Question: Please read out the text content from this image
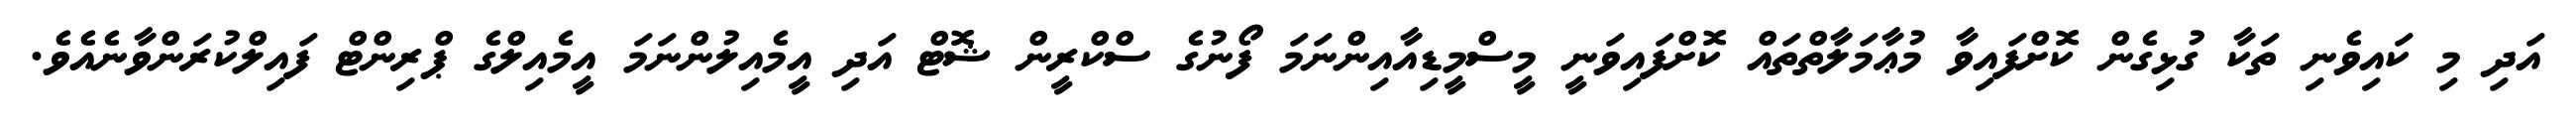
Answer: އަދި މި ކައިވެނި ތަކާ ގުޅިގެން ކޮށްފައިވާ މުޢާމަލާތްތައް ކޮށްފައިވަނީ މީސްމީޑިއާއިންނަމަ ފޯނުގެ ސްކްރީން ޝޮޓް އަދި އީމެއިލުންނަމަ އީމެއިލްގެ ޕްރިންޓް ފައިލްކުރަންވާނެއެވެ.